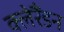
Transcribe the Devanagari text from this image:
क्लेरैंडन